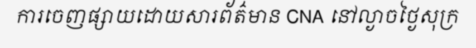
ការចេញផ្សាយដោយសារព័ត៌មាន CNA នៅល្ងាចថ្ងៃសុក្រ